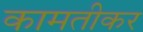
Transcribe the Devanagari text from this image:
कामतीकर